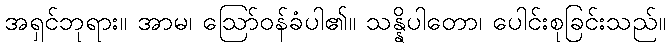
အရှင်ဘုရား။ အာမ၊ ဩော်ဝန်ခံပါ၏။ သန္နိပါတော၊ ပေါင်းစုခြင်းသည်။